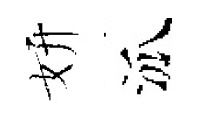
妍泒